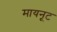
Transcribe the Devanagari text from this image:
मायनूट